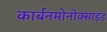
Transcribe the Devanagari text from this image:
कार्बनमोनोक्साइड